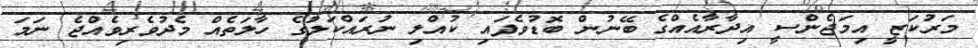
މަރުކަޒީ އިމަޖެންސީ އިދާރާއެއްގެ ބޭނުން ބޮޑުވެފައި ކުއްލި ނުރައްކަލުގެ ހާލަތެއް މެދުވެރިވެއްޖެ ނަމަ